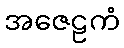
အဇေဠကံ